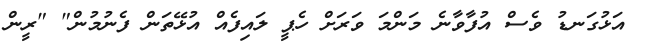
އަޅުގަނޑު ވެސް އުފާވާނެ މަންމަ ވަރަށް ހެޕީ ލައިފެއް އުޅޭތަން ފެނުމުން" "ރީން